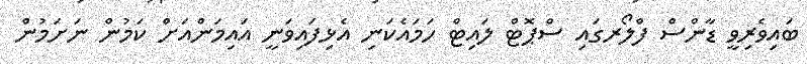
ބައިވެރިވީ ޑާންސް ފްލޯރގައި ސްޕޮޓް ލައިޓް ހަމައެކަނި އެޅިފައިވަނީ އައިމަންއަށް ކަމުން ނަށަމުން